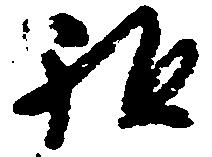
祖